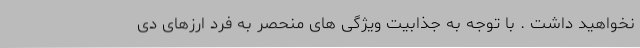
نخواهید داشت . با توجه به جذابیت ویژگی های منحصر به فرد ارزهای دی